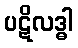
ပဋိလဒ္ဓါ